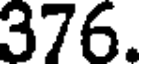
376.